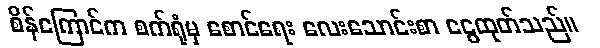
စိန်ကြောင်က စက်ရုံမှ စောင်ရေး လေးသောင်းစာ ငွေထုတ်သည်။